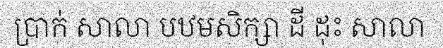
ប្រាក់ សាលា បឋមសិក្សា ដី ដុះ សាលា